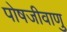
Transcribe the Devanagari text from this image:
पोषजीवाणु